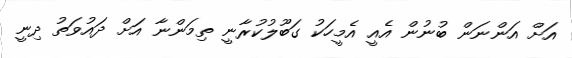
އަށް އަންނަން ބުނުން އެއީ އެމީހަކު ގަބޫލުކުރާނީ ތިމަންނާ އަށް ދައުވަތު ދިނީ